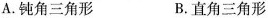
A. 钝角三角形 B. 直角三角形